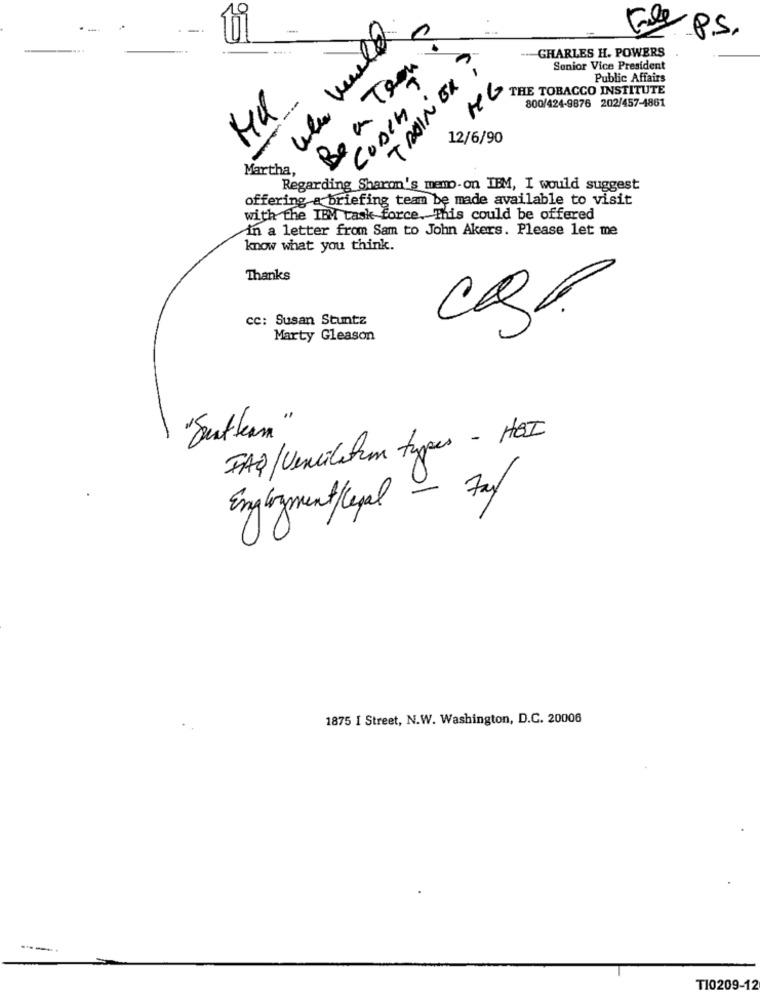
.
Fue p.S.
CHARLES H. POWERS
Be a Teen
TRAINER ,
Senior Vice President
Public Affairs
COACH ?
MG
THE TOBACCO INSTITUTE
800/424-9876 202/457-4861
12/6/90
---
Martha,
Regarding Sharon's memo-on IBM, I would suggest
offering a briefing team be made available to visit
with the IBM task force. This could be offered
in a letter from Sam to John Akers. Please let me
know what you think.
Thanks
cc: Susan Stuntz
Marty Gleason
"Southern"
FAQ/Ventilation types - HBI
Engloyment/Cepal - 7a
1875 I Street, N.W. Washington, D.C. 20006
T10209-12